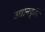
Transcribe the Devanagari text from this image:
उद्यानकृषि